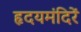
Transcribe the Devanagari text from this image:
हृदयमंदिरें